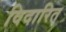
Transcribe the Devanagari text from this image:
विदारित